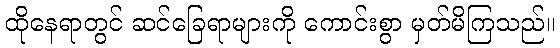
ထိုနေရာတွင် ဆင်ခြေရာများကို ကောင်းစွာ မှတ်မိကြသည်။